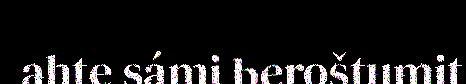
ahte sámi beroštumit